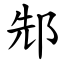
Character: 䢾